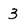
Character: 3